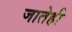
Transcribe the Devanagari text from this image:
जातेही